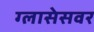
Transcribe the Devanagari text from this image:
ग्लासेसवर